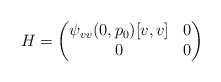
\begin{align*}H = \begin{pmatrix}\psi_{vv}(0,p_0)[v,v]& 0\\ 0&0\end{pmatrix}\end{align*}